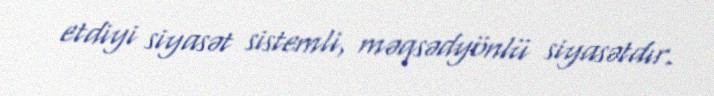
etdiyi siyasət sistemli, məqsədyönlü siyasətdır.